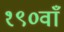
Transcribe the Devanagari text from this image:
१९०वाँ